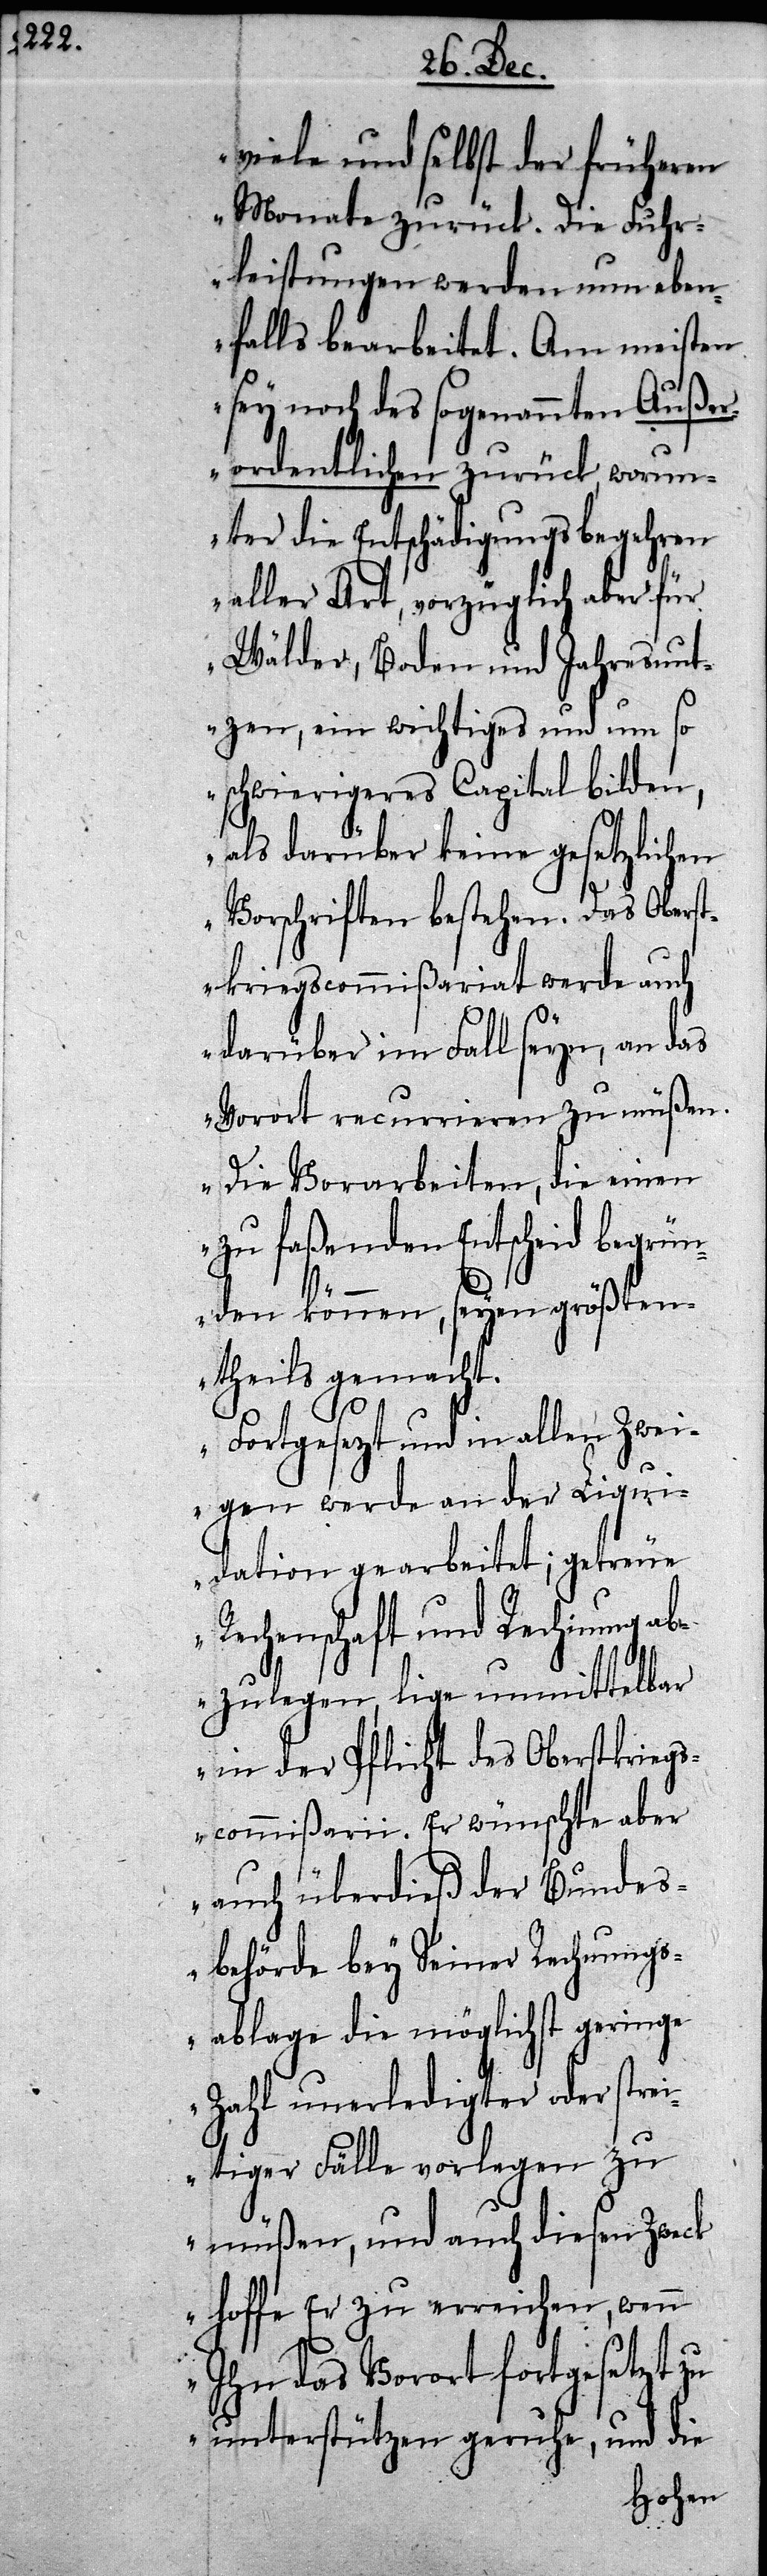
viele und selbst der früheren
Monate zurück. Die Fuhr¬
leistungen werden nun eben¬
falls bearbeitet. Am meisten
sey noch des sogenannten Außer¬
ordentlichen zurück, worun¬
ter die Entschädigungsbegehren
aller Art, vorzüglich aber für
Wälder, Boden und Jahresnut¬
zen, ein wichtiges und um so
schwierigeres Capital bilden,
als darüber keine gesetzlichen
Vorschriften bestehen. Das Oberst¬
kriegscommißariat werde auch
darüber im Fall seyn, an das
Vorort recurrieren zu müßen.
Die Vorarbeiten, die einen
zu faßenden Entscheid begrün¬
den können, seyen größten¬
theils gemacht.
Fortgesezt und in allen Zwei¬
gen werde an der Liqui¬
dation gearbeitet; getreue
Rechenschaft und Rechnung ab¬
zulegen, lige unmittelbar
in der Pflicht des Oberstkriegs¬
commißarii. Er wünschte aber
auch überdieß der Bundes¬
behörde bey Seiner Rechnungs¬
ablage die möglichst geringe
Zahl unerledigter Fälle
müßen, und auch diesen Zweck
hoffe Er zu erreichen, wenn
Ihn das Vorort fortgesetzt zu
unterstützen geruhe, und die